Vaccination North-Western Provinces and Oudh 1878-1895 - 1878-1895
Year: 1878
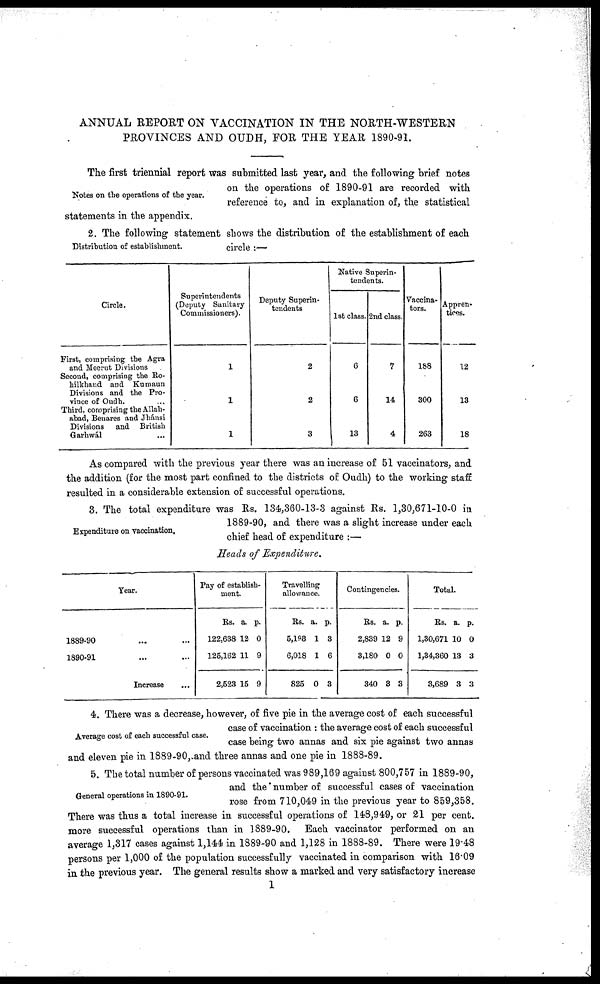
ANNUAL REPORT ON VACCINATION IN THE NORTH-WESTERN
PROVINCES AND OUDH, FOR THE YEAR 1890-91.
Notes on the operations of the year.
The first triennial report was submitted last year, and the following brief notes
on the operations of 1890-91 are recorded with
reference to, and in explanation of, the statistical
statements in the appendix.
Distribution of establishment.
2. The following statement shows the distribution of the establishment of each
circle :—
Circle.
First, comprising the Agra
and Meerut Divisions
Second, comprising the Ro¬
hilkhand and Kumaun
Divisions and the Pro-
vince of Oudh. ...
Third, comprising the Allah-
abad, Benares and Jhánsi
Divisions and British
Garhwál ...
Superintendents
(Deputy Sanitary
Commissioners).
1
1
1
Deputy Superin-
tendents
2
2
3
Native Superin-
tendents.
1st class.
6
6
13
2nd class.
7
14
4
Vaccina¬
tors.
188
300
263
Appren¬
tices.
12
13
18
As compared with the previous year there was an increase of 51 vaccinators, and
the addition (for the most part confined to the districts of Oudh) to the working staff
resulted in a considerable extension of successful operations.
Expenditure on vaccination.
3. The total expenditure was Rs. 134,360-13-3 against Rs. 1,30,671-10-0 in
1889-90, and there was a slight increase under each
chief head of expenditure :—
Heads of Expenditure.
Year.
1889-90 ... ...
1890-91 ... ...
Increase ...
Pay of establish-
ment.
Rs.
122,638
125,162
2,523
a.
12
11
15
p.
0
9
9
Travelling
allowance.
Rs.
5,193
6,018
825
a.
1
1
0
p.
3
6
3
Contingencies.
Rs.
2,839
3,180
340
a.
12
0
3
p.
9
0
3
Total.
Rs.
1,30,671
1,34,360
3,689
a.
10
13
3
p.
0
3
3
Average cost of each successful case.
4. There was a decrease, however, of five pie in the average cost of each successful
case of vaccination : the average cost of each successful
case being two annas and six pie against two annas
and eleven pie in 1889-90, and three annas and one pie in 1888-89.
General operations in 1890-91.
5. The total number of persons vaccinated was 989,169 against 800,757 in 1889-90,
and the number of successful cases of vaccination
rose from 710,049 in the previous year to 859,358.
There was thus a total increase in successful operations of 148,949, or 21 per cent.
more successful operations than in 1889-90. Each vaccinator performed on an
average 1,317 cases against 1,144 in 1889-90 and 1,128 in 1888-89. There were 19.48
persons per 1,000 of the population successfully vaccinated in comparison with 16.09
in the previous year. The general results show a marked and very satisfactory increase
1